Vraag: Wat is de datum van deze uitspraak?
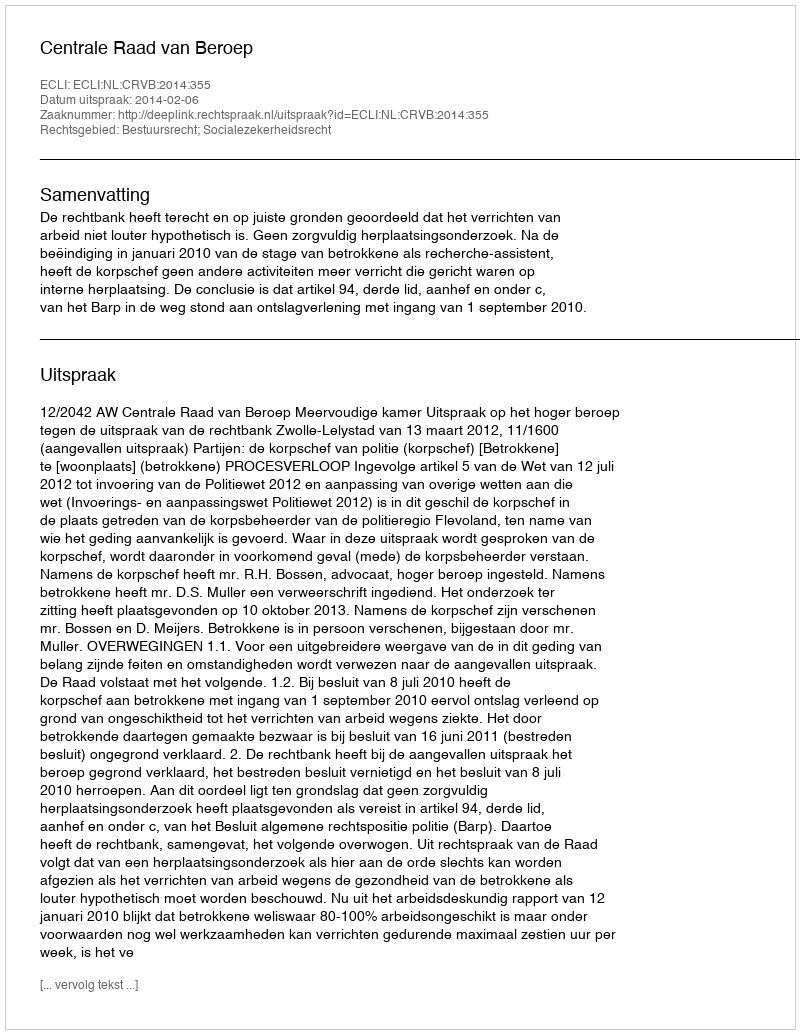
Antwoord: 2014-02-06